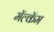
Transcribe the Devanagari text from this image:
मॅल्कॅम